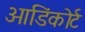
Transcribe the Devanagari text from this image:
ओडिंकोर्ट